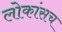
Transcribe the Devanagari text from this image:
लोकांसच